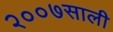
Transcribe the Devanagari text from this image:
२००७साली